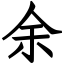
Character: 余